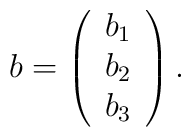
b =	\left(	\begin{array}{c}		b_1 \\		b_2 \\		b_3	\end{array}	\right).